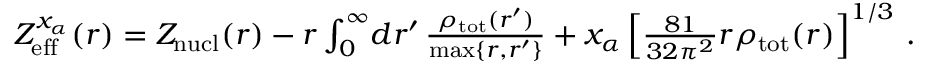
\begin{array} { r } { Z _ { \mathrm { e f f } } ^ { x _ { \alpha } } ( r ) = Z _ { \mathrm { n u c l } } ( r ) - r \int _ { 0 } ^ { \infty } \! d r ^ { \prime } \, \frac { \rho _ { \mathrm { t o t } } ( r ^ { \prime } ) } { \mathrm { m a x } \{ r , r ^ { \prime } \} } + x _ { \alpha } \left[ \frac { 8 1 } { 3 2 \pi ^ { 2 } } r \rho _ { \mathrm { t o t } } ( r ) \right] ^ { 1 / 3 } \, . } \end{array}